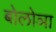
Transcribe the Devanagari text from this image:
बोलोञा